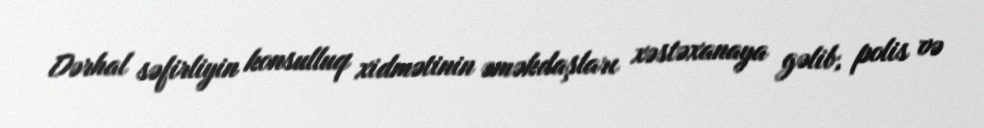
Dərhal səfirliyin konsulluq xidmətinin əməkdaşları xəstəxanaya gəlib, polis və